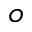
o